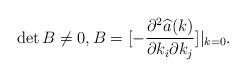
LaTeX: \begin{align*}\det B\neq 0, B=[-\frac{\partial^2\widehat{a}(k)}{\partial k_i\partial k_j}]|_{k=0}.\end{align*}